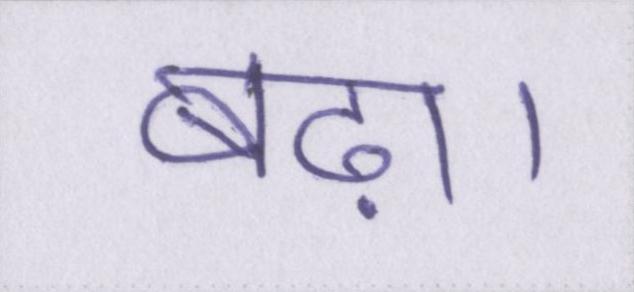
बढ़ा।